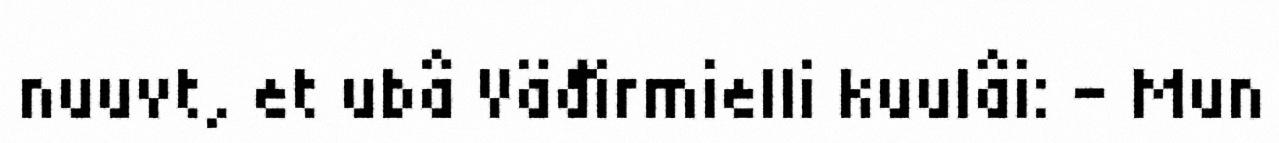
nuuvt, et ubâ Väđirmielli kuulâi: - Mun